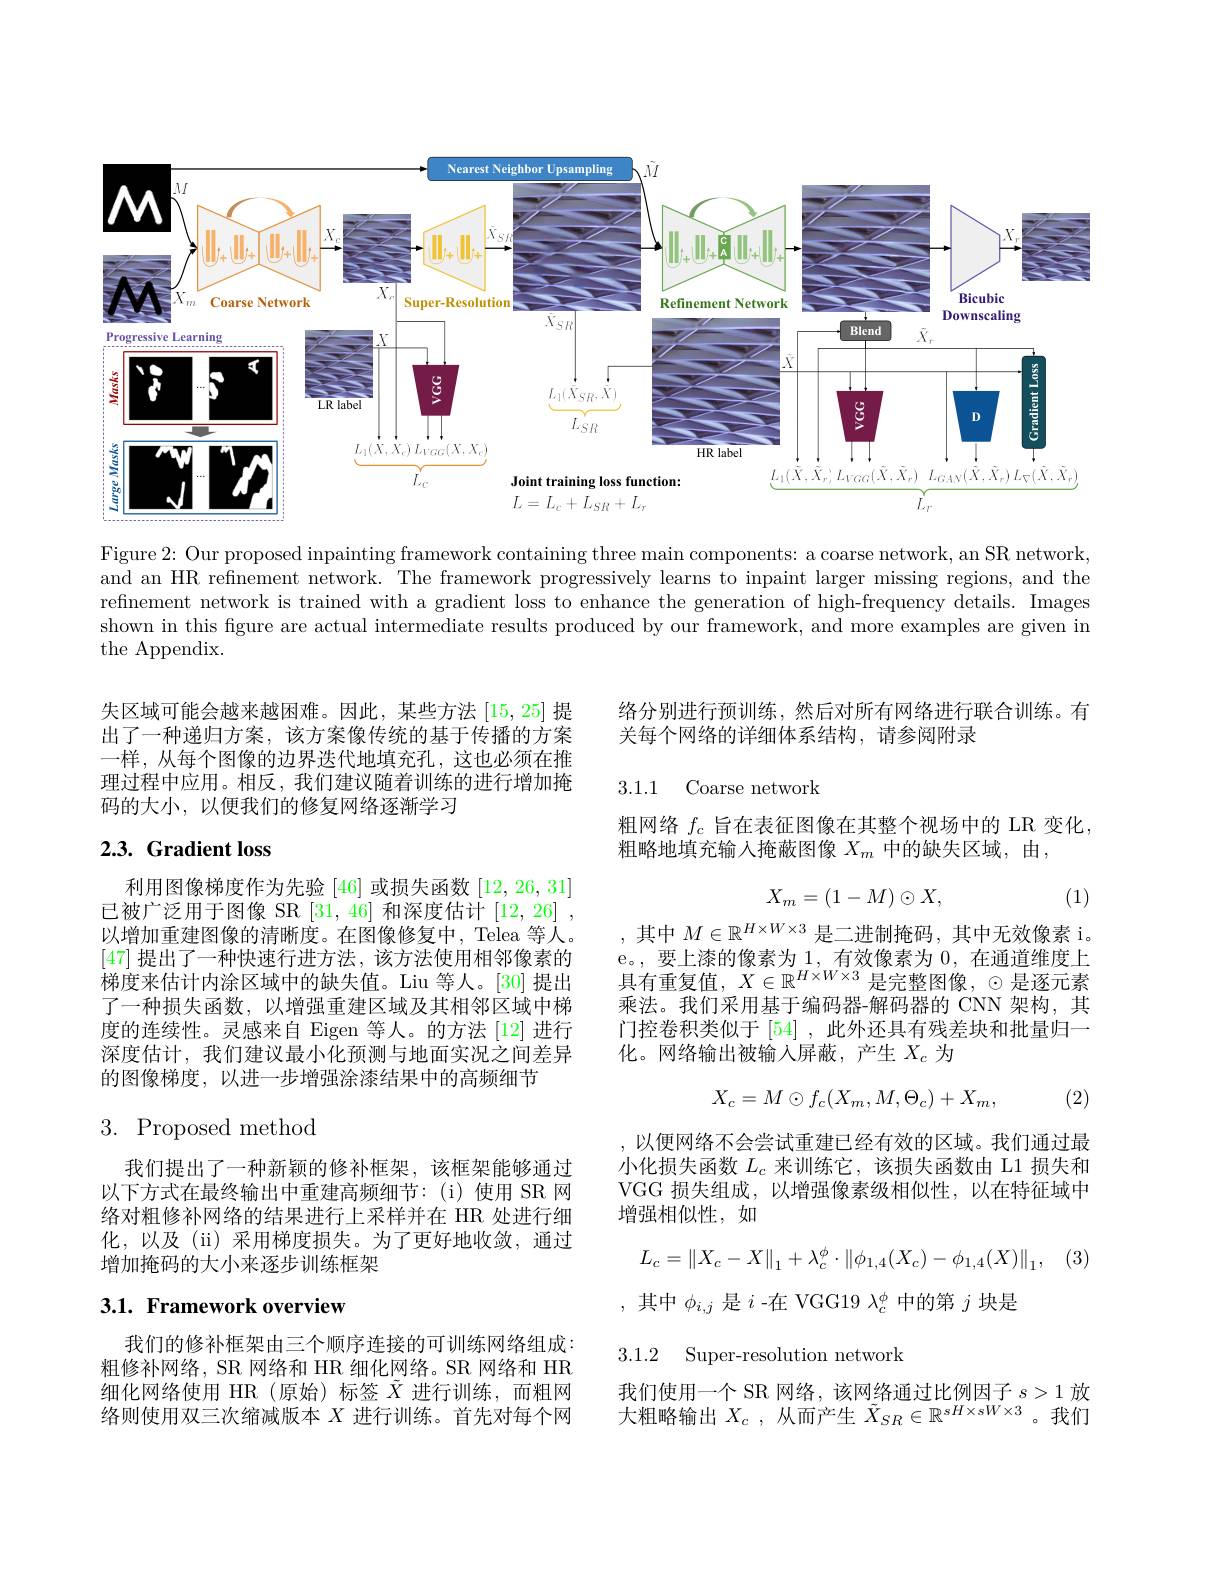
<FigureHere>

Figure 2: Our proposed inpainting framework containing three main components: a coarse network, an SR network, and an HR refinement network. The framework progressively learns to inpaint larger missing regions, and the refinement network is trained with a gradient loss to enhance the generation of high-frequency details. Images shown in this figure are actual intermediate results produced by our framework, and more examples are given in the Appendix.

失区域可能会越来越困难。因此，某些方法[15,25]提出了一种递归方案，该方案像传统的基于传播的方案一样，从每个图像的边界迭代地填充孔，这也必须在推理过程中应用。相反，我们建议随着训练的进行增加掩码的大小，以便我们的修复网络逐渐学习

## 2.3. Gradient loss

利用图像梯度作为先验 [46] 或损失函数 [12, 26, 31] 已被广泛用于图像 SR [31,46] 和深度估计 [12,26] , 以增加重建图像的清晰度。在图像修复中，Telea 等人。[47]提出了一种快速行进方法，该方法使用相邻像素的梯度来估计内涂区域中的缺失值。Liu 等人。[30] 提出了一种损失函数，以增强重建区域及其相邻区域中梯度的连续性。灵感来自 Eigen 等人。的方法 [12] 进行深度估计，我们建议最小化预测与地面实况之间差异的图像梯度，以进一步增强涂漆结果中的高频细节

## 3. Proposed method

我们提出了一种新颖的修补框架，该框架能够通过以下方式在最终输出中重建高频细节：(i)使用 SR 网络对粗修补网络的结果进行上采样并在 HR 处进行细化，以及(ii)采用梯度损失。为了更好地收敛，通过增加掩码的大小来逐步训练框架

## $3. 1. \textbf{ Framework overview}$

我们的修补框架由三个顺序连接的可训练网络组成： 粗修补网络，SR 网络和 HR 细化网络。SR 网络和 HR 细化网络使用 HR(原始)标签$\tilde{X}$进行训练，而粗网络则使用双三次缩减版本$X$进行训练。首先对每个网

络分别进行预训练，然后对所有网络进行联合训练。有
关每个网络的详细体系结构，请参阅附录

3.1.1 Coarse network

粗网络$f_c$旨在表征图像在其整个视场中的 LR 变化
粗略地填充输入掩蔽图像$X_m$中的缺失区域，由，
$$X_m=(1-M)\odot X,$$
(1)

,其中$M\in\mathbb{R}^{H\times W\times3}$是二进制掩码，其中无效像素 i。e。,要上漆的像素为 1,有效像素为0，在通道维度上$\text{08, 女上球时像和万}^{1,\text{日从依尔万}0,\text{ 口迎退出反上}}$ 具 有 重 复 值 , $X\in \mathbb{R} ^{H\times W\times 3}$ 是 完 整 图 像 , $\odot$ 是 逐 元 素乘法。我们采用基于编码器-解码器的 CNN 架构，其门控卷积类似于[54] ,此外还具有残差块和批量归一化。网络输出被输入屏蔽，产生$X_c$为
$$X_c=M\odot f_c(X_m,M,\Theta_c)+X_m,$$
(2)

以便网络不会尝试重建已经有效的区域。我们通过最小化损失函数$L_c$来训练它，该损失函数由 L1 损失和VGG 损失组成，以增强像素级相似性，以在特征域中增强相似性，如
$$L_c=\left\|X_c-X\right\|_1+\lambda_c^\phi\cdot\left\|\phi_{1,4}(X_c)-\phi_{1,4}(X)\right\|_1,$$
,其中$\phi_i,j$是$i$ -在 VGG19 $\lambda_c^\phi$中的第$j$块是

3.1.2 Super-resolution network

我们使用一个 SR 网络，该网络通过比例因子$s>1$放大粗略输出$X_c$ ,从而产生 $\tilde{X}_SR\in\mathbb{R}^{sH\times sW\times3}$。我们